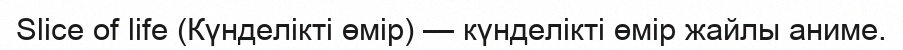
Slice of life (Күнделікті өмір) — күнделікті өмір жайлы аниме.